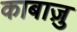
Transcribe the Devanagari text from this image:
काबाज़ु